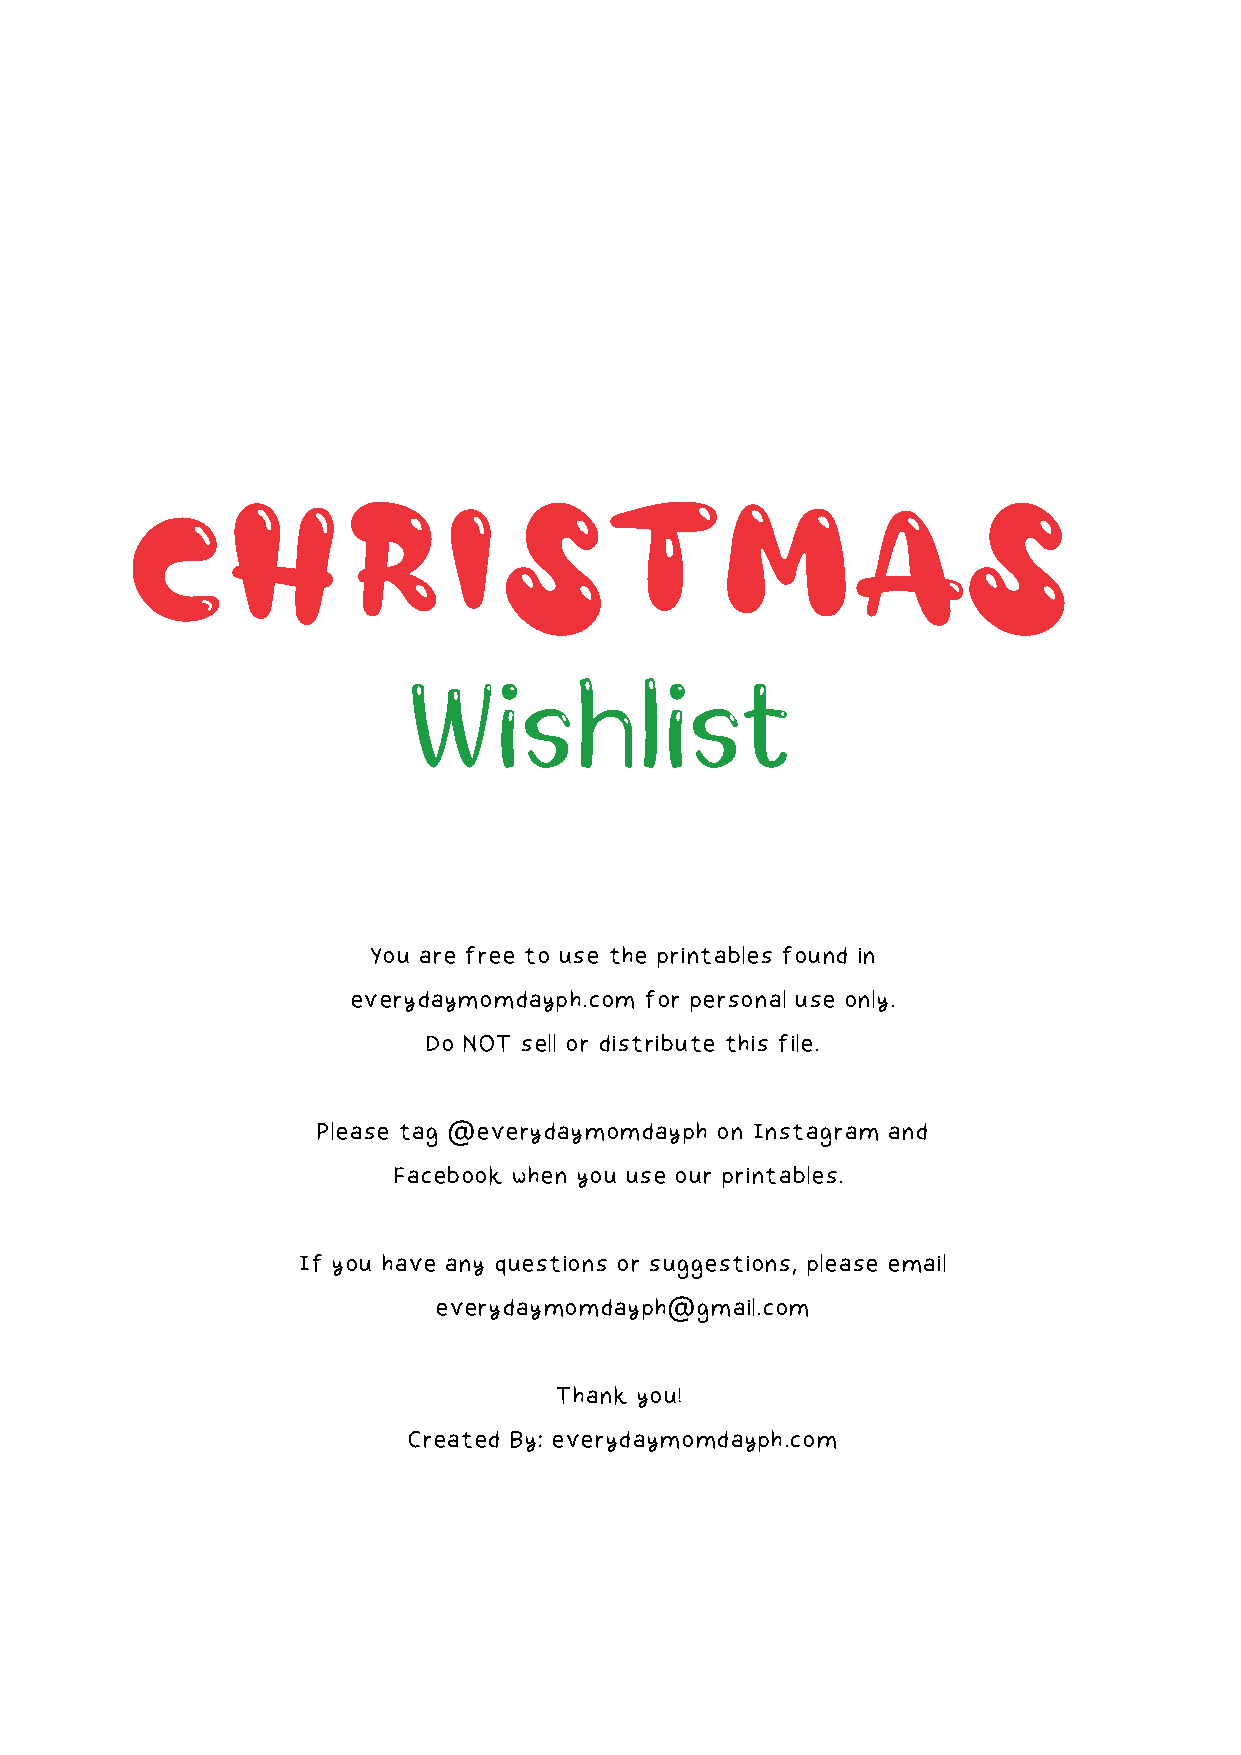
C     H       R      I  S       T      M        A      S
 Wishlist
 You are free to use the printables found in
 everydaymomdayph.com for personal use only.
 Do NOT sell or distribute this file.
 Please tag @everydaymomdayph on Instagram and
 Facebook when you use our printables.
 If you have any questions or suggestions, please email
 everydaymomdayph@gmail.com
 Thank you!
 Created By: everydaymomdayph.com